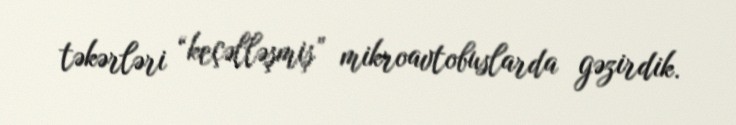
təkərləri “keçəlləşmiş” mikroavtobuslarda gəzirdik.